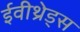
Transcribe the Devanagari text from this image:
ईवीथ्रेड्स